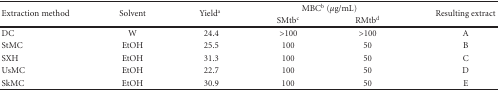
| <ROWSPAN=2> Extraction method | <ROWSPAN=2> Solvent | <ROWSPAN=2> Yielda | <COLSPAN=2> MBCb (μg/mL) | <ROWSPAN=2> Resulting extract |
 | SMtbc | RMtbd |
 | --- | --- | --- | --- | --- | --- |
 | DC | W | 24.4 | >100 | >100 | A |
 | StMC | EtOH | 25.5 | 100 | 50 | B |
 | SXH | EtOH | 31.3 | 100 | 50 | C |
 | UsMC | EtOH | 22.7 | 100 | 50 | D |
 | SkMC | EtOH | 30.9 | 100 | 50 | E |